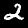
Digit: 2